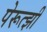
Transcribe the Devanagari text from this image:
पेरूत्झी